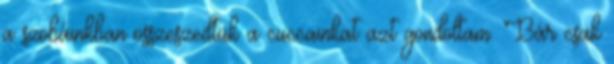
a szobáinkban összeszedtük a cuccainkat azt gondoltam. Bár csak